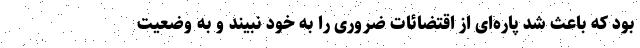
بود که باعث شد پاره‌ای از اقتضائات ضروری را به خود نبیند و به وضعیت